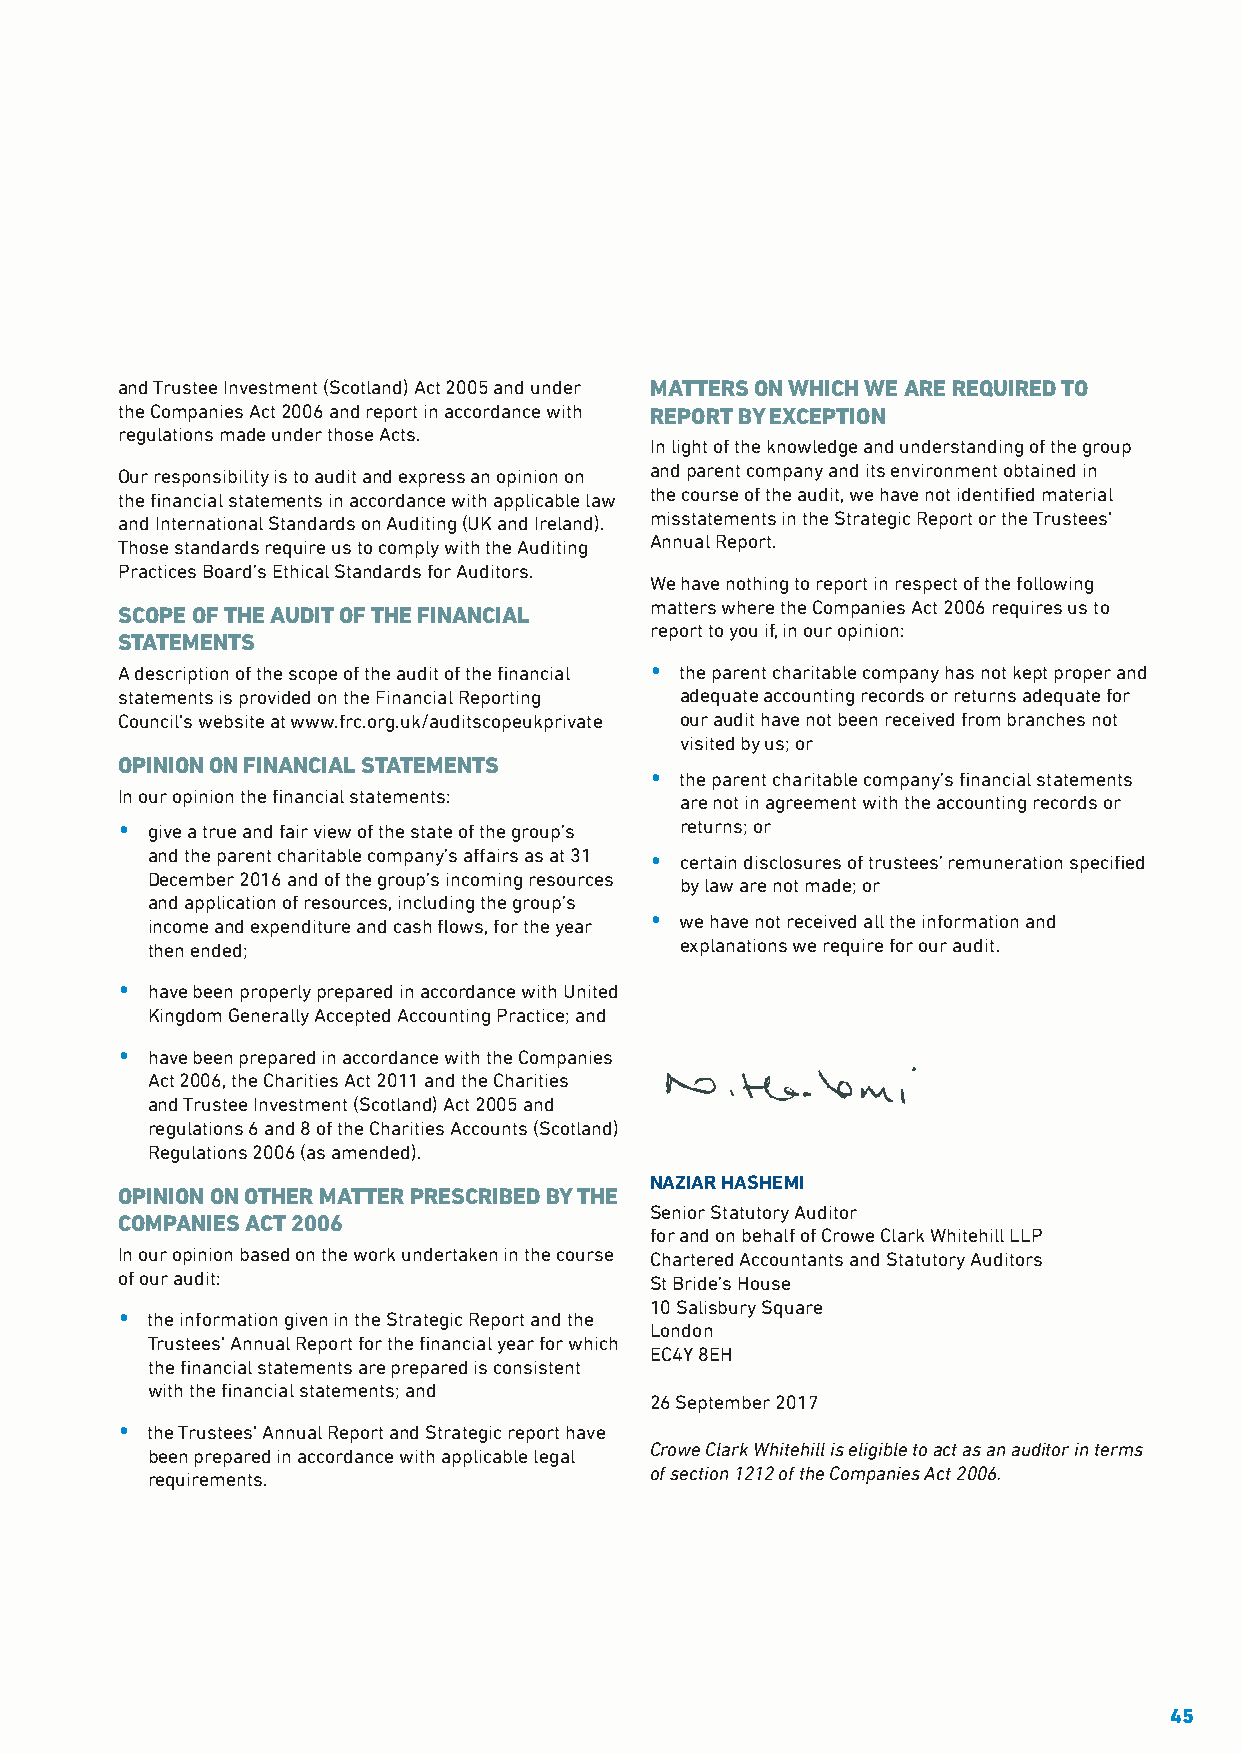
and Trustee Investment (Scotland) Act 2005 and under MATTERS ON WHICH WE ARE REQUIRED TO
 the Companies Act 2006 and report in accordance with REPORT BY EXCEPTION
 regulations made under those Acts.
 In light of the knowledge and understanding of the group
 Our responsibility is to audit and express an opinion on and parent company and its environment obtained in
 the financial statements in accordance with applicable law the course of the audit, we have not identified material
 and International Standards on Auditing (UK and Ireland). misstatements in the Strategic Report or the Trustees'
 Those standards require us to comply with the Auditing Annual Report.
 Practices Board’s Ethical Standards for Auditors.
 We have nothing to report in respect of the following
 matters where the Companies Act 2006 requires us to
 SCOPE OF THE AUDIT OF THE FINANCIAL
 report to you if, in our opinion:
 STATEMENTS
 A description of the scope of the audit of the financial • the parent charitable company has not kept proper and
 statements is provided on the Financial Reporting adequate accounting records or returns adequate for
 Council's website at www.frc.org.uk/auditscopeukprivate our audit have not been received from branches not
 visited by us; or
 OPINION ON FINANCIAL STATEMENTS
 • the parent charitable company’s financial statements
 In our opinion the financial statements:
 are not in agreement with the accounting records or
 • give a true and fair view of the state of the group’s returns; or
 and the parent charitable company’s affairs as at 31 • certain disclosures of trustees’ remuneration specified
 December 2016 and of the group’s incoming resources
 by law are not made; or
 and application of resources, including the group’s
 income and expenditure and cash flows, for the year • we have not received all the information and
 then ended;                        explanations we require for our audit.
 • have been properly prepared in accordance with United
 Kingdom Generally Accepted Accounting Practice; and
 • have been prepared in accordance with the Companies
 Act 2006, the Charities Act 2011 and the Charities
 and Trustee Investment (Scotland) Act 2005 and
 regulations 6 and 8 of the Charities Accounts (Scotland)
 Regulations 2006 (as amended).
 NAZIAR HASHEMI
 OPINION ON OTHER MATTER PRESCRIBED BY THE
 Senior Statutory Auditor
 COMPANIES ACT 2006
 for and on behalf of Crowe Clark Whitehill LLP
 In our opinion based on the work undertaken in the course Chartered Accountants and Statutory Auditors
 of our audit:                      St Bride’s House
 10 Salisbury Square
 • the information given in the Strategic Report and the
 London
 Trustees' Annual Report for the financial year for which
 EC4Y 8EH
 the financial statements are prepared is consistent
 with the financial statements; and
 26 September 2017
 • the Trustees' Annual Report and Strategic report have
 Crowe Clark Whitehill is eligible to act as an auditor in terms
 been prepared in accordance with applicable legal
 of section 1212 of the Companies Act 2006.
 requirements.
 45